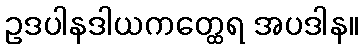
ဥဒပါနဒါယကတ္ထေရ အပဒါန။